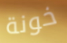
خونة